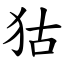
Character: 狜